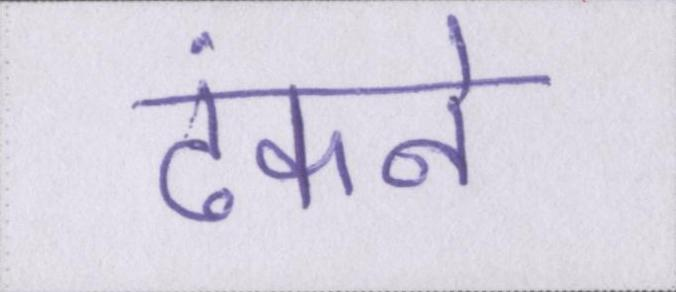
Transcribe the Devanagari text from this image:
ढंकने